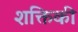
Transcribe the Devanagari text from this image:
शक्तिकी